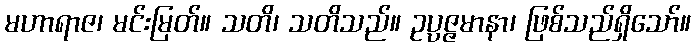
မဟာရာဇ၊ မင်းမြတ်။ သတိ၊ သတိသည်။ ဥပ္ပဇ္ဇမာနာ၊ ဖြစ်သည်ရှိသော်။